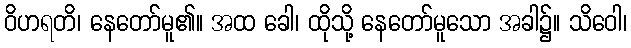
ဝိဟရတိ၊ နေတော်မူ၏။ အထ ခေါ၊ ထိုသို့ နေတော်မူသော အခါ၌။ သိဝေါ၊